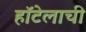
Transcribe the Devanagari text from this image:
हॉटेलाची